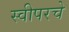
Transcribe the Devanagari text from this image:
स्वीपरचे